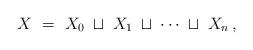
LaTeX: \begin{align*} X\ =\ X_0 \;\sqcup\; X_1 \;\sqcup\; \dotsb \;\sqcup\; X_n\,, \end{align*}